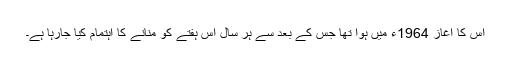
اس کا آغاز 1964ء میں ہوا تھا جس کے بعد سے ہر سال اس ہفتے کو منانے کا اہتمام کیا جارہا ہے۔